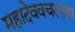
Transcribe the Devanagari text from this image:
महादेववचस्तथा